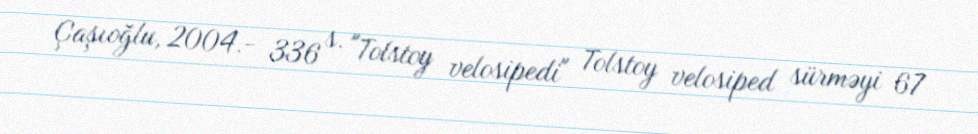
Çaşıoğlu, 2004.- 336 s. "Tolstoy velosipedi" Tolstoy velosiped sürməyi 67